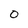
Character: 0